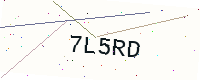
Text: 7L5RD